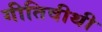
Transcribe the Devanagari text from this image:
गीतिवीथी